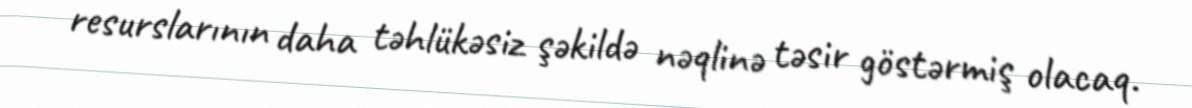
resurslarının daha təhlükəsiz şəkildə nəqlinə təsir göstərmiş olacaq.